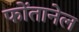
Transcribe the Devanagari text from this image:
फोंतानेल